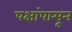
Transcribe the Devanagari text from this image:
पक्षांपासून